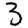
Digit: 3